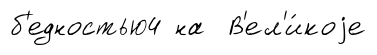
б'едностью4 на В'ел'и́коjе